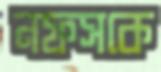
নফসকে